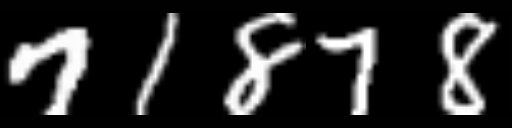
Text: 71878